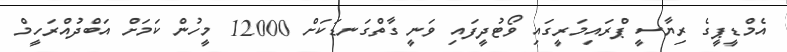
އެމްޑީޕީގެ ރިޔާސީ ޕްރައިމަރީގައި ވޯޓުދީފައި ވަނީ ގާތްގަނޑަކަށް 12000 މީހުން ކަމަށް އަބްދުއްރަހީމް